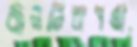
জননিরাপত্তা